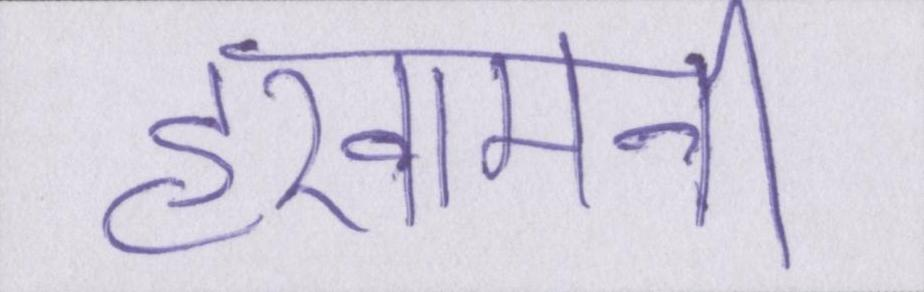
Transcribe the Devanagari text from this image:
हखामनी